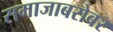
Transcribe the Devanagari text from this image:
समाजाबरोबर